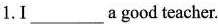
1.I ___ a good teacher.